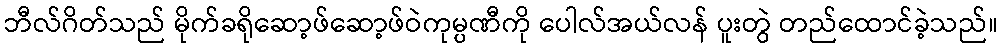
ဘီလ်ဂိတ်သည် မိုက်ခရိုဆော့ဖ်ဆော့ဖ်ဝဲကုမ္ပဏီကို ပေါလ်အယ်လန် ပူးတွဲ တည်ထောင်ခဲ့သည်။